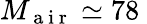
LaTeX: M_{\mathrm{~a~i~r~}}\simeq 78\